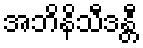
အဘိနိသီဒန္တီ